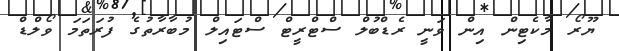
ޔޫރޯ މާކެޓިން އިން ވަނީ ރެޑްބުލް ސްޓްރީޓް ސްޓައިލް މުބާރާތުގެ ފުރަތަމަ ވޯލްޑް